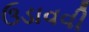
ઉડાવવી